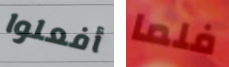
أفعلوا فلما